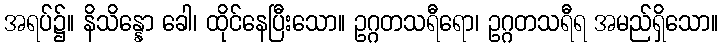
အရပ်၌။ နိသိန္နော ခေါ၊ ထိုင်နေပြီးသော။ ဥဂ္ဂတသရီရော၊ ဥဂ္ဂတသရီရ အမည်ရှိသော။